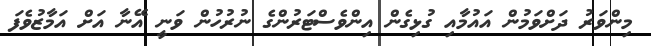
މިންވަރު ދަށްވަމުން އައުމާއި ގުޅިގެން އިންވެސްޓަރުންގެ ނުރުހުން ވަނީ އޭނާ އަށް އަމާޒުވެފަ